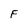
Character: F